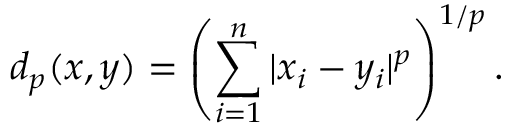
d _ { p } ( x , y ) = \left( \sum _ { i = 1 } ^ { n } | x _ { i } - y _ { i } | ^ { p } \right) ^ { 1 / p } .